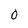
Character: 0